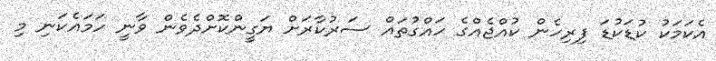
އެކަމަކު ކުޑަކުޑަ ފިރިހެން ކުއްޖެއްގެ ހައްގުތައް ސަރުކާރަށް ޔަގީންކޮށްދެވެން ވާނީ ހަމައެކަނި މި